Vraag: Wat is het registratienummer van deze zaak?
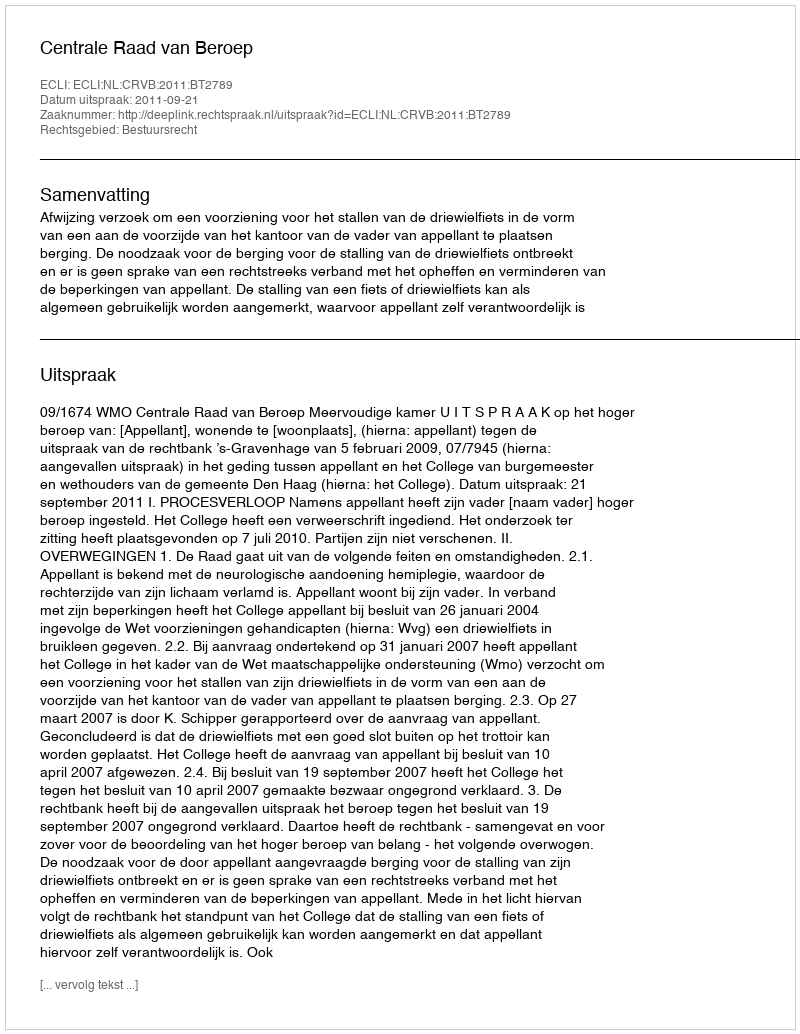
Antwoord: http://deeplink.rechtspraak.nl/uitspraak?id=ECLI:NL:CRVB:2011:BT2789